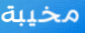
مخيبة